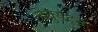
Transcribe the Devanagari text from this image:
ड्युयेट्स